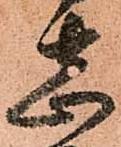
志